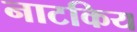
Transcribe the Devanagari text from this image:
नाटकिय